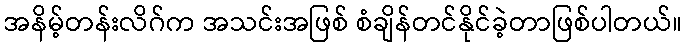
အနိမ့်တန်းလိဂ်က အသင်းအဖြစ် စံချိန်တင်နိုင်ခဲ့တာဖြစ်ပါတယ်။